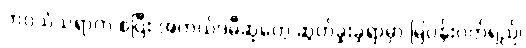
ဘဝသံသရာက စပြီး အကယ်ဒမီဆုတွေ ဆွတ်ခူးခဲ့ရာမှာ မြပန်းဝတ်ရည်၊